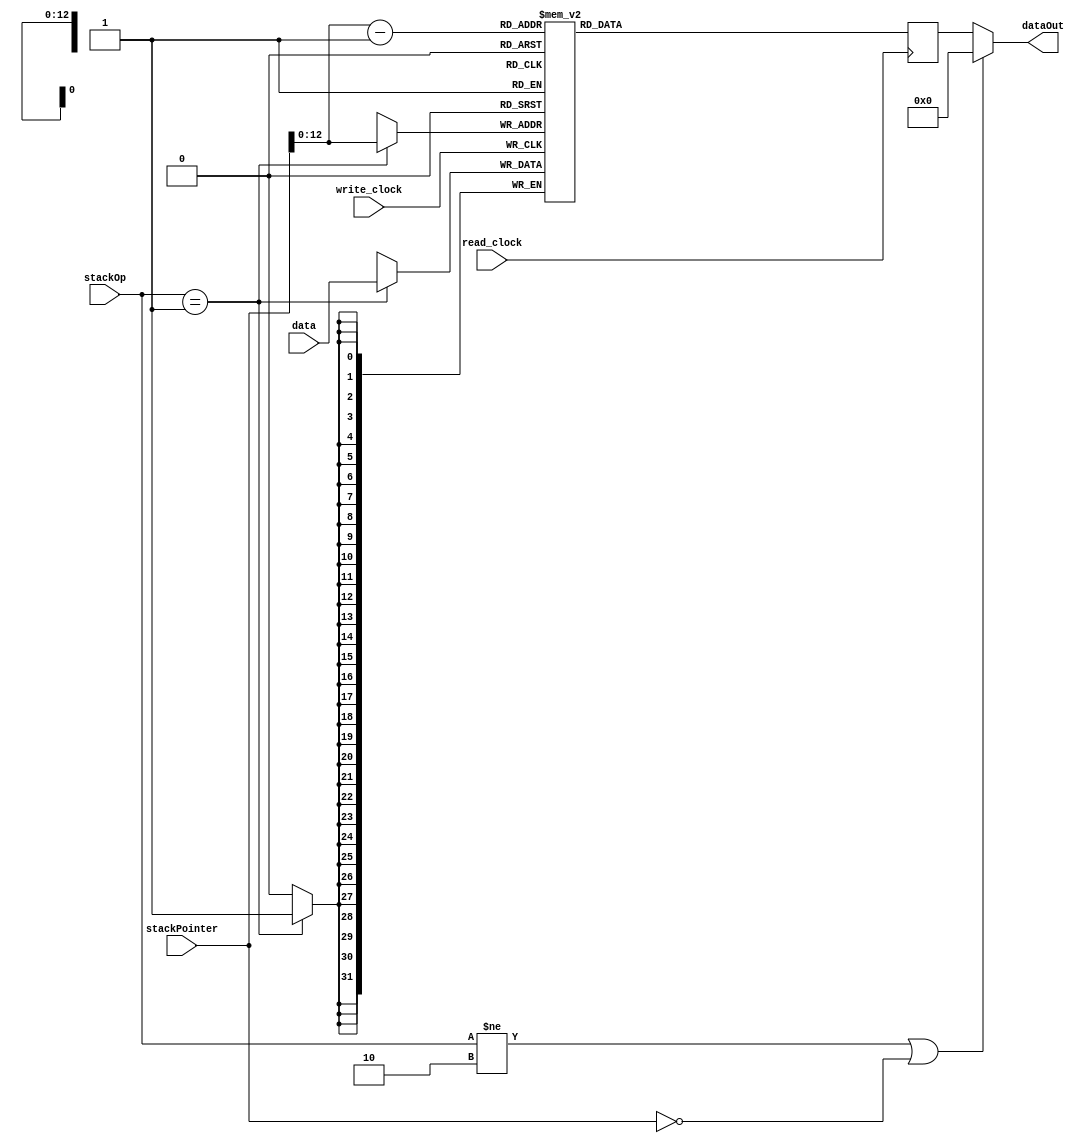
module stack_data(write_clock, read_clock, stackPointer, data, dataOut, stackOp);

	parameter DATA_WIDTH = 32; // X bits
	parameter STACK_BITS = 12;
	localparam STACK_SIZE = 2**STACK_BITS; // X instructions
    
	
	input [DATA_WIDTH-1:0] data;
	input [DATA_WIDTH-1:0] stackPointer;
	input [1:0] stackOp;
	input write_clock, read_clock;
	output [DATA_WIDTH-1:0] dataOut;
	
	reg [DATA_WIDTH-1:0] dataRead;
	reg [DATA_WIDTH-1:0] STACK [STACK_SIZE:0]; // RAM_SIZE words of 32-bit memory
	
	always @ (posedge write_clock)
	begin
		
		if (stackOp == 2'b01) begin
			STACK[stackPointer] <= data;
		end
	
	end
	
	always @ (posedge read_clock)
	begin
		
		dataRead <= STACK[stackPointer-1];
	
	end
	
	assign dataOut = (stackOp != 2'b10 || stackPointer == 0) ? 0 : dataRead;
	
endmodule